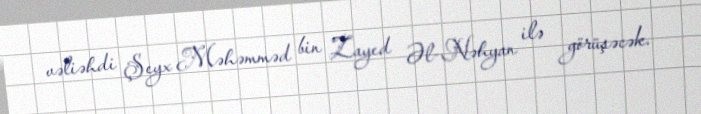
vəliəhdi Şeyx Məhəmməd bin Zayed Əl-Nəhyan ilə görüşəcək.